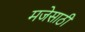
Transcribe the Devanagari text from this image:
मजेसाठी